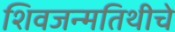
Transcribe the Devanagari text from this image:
शिवजन्मतिथीचे